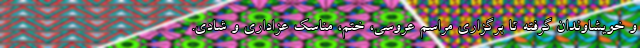
و خویشاوندان گرفته تا برگزاری مراسم عروسی، ختم، مناسک عزاداری و شادی.